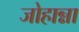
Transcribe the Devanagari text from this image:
जोहान्ना